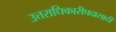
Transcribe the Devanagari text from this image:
उत्तराधिकारीपदासाठी